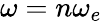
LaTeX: \omega=n\omega_{e}